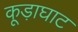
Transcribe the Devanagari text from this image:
कूड़ाघाट